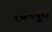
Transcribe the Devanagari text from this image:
रधनपुरा